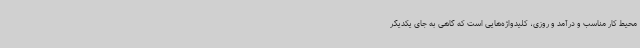
محیط کار مناسب و درآمد و روزی، کلیدواژه‌هایی است که گاهی به جای یکدیگر